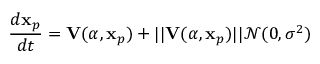
\frac { d \mathbf { x } _ { p } } { d t } = \mathbf { V } ( \alpha , \mathbf { x } _ { p } ) + | | \mathbf { V } ( \alpha , \mathbf { x } _ { p } ) | | \mathcal { N } ( 0 , \sigma ^ { 2 } )